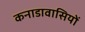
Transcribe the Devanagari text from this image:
कनाडावासियों